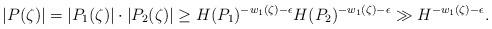
LaTeX: \begin{align*} \vert P(\zeta)\vert= \vert P_{1}(\zeta)\vert\cdot \vert P_{2}(\zeta)\vert\geq H(P_{1})^{-w_{1}(\zeta)-\epsilon}H(P_{2})^{-w_{1}(\zeta)-\epsilon}\gg H^{-w_{1}(\zeta)-\epsilon}.\end{align*}